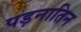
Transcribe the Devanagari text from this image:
पड़नातिन